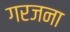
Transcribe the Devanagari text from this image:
गरजना